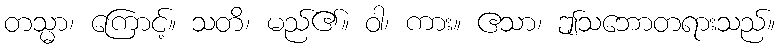
တသ္မာ၊ ကြောင့်။ သတိ၊ မည်၏။ ဝါ၊ ကား။ ဧသာ၊ ဤသဘောတရားသည်။